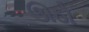
ઊઠો